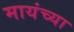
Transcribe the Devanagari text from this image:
मायंच्या